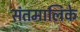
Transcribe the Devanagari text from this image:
संतमालिके